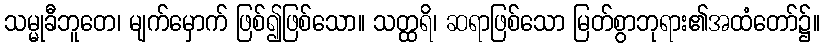
သမ္မုခီဘူတေ၊ မျက်မှောက် ဖြစ်၍ဖြစ်သော။ သတ္ထရိ၊ ဆရာဖြစ်သော မြတ်စွာဘုရား၏အထံတော်၌။